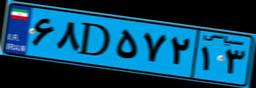
۶۸D۵۷۲۱۳